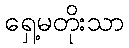
ရှေ့မတိုးသာ